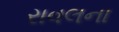
રાવલના